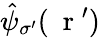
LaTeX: \hat{\psi}_{\sigma^{\prime}}(\mathrm{~\mathbf~r~}^{\prime})